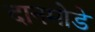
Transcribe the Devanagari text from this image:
दानमोडे